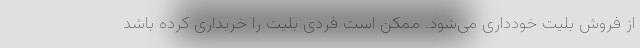
از فروش بلیت خودداری می‌شود. ممکن است فردی بلیت را خربداری کرده باشد